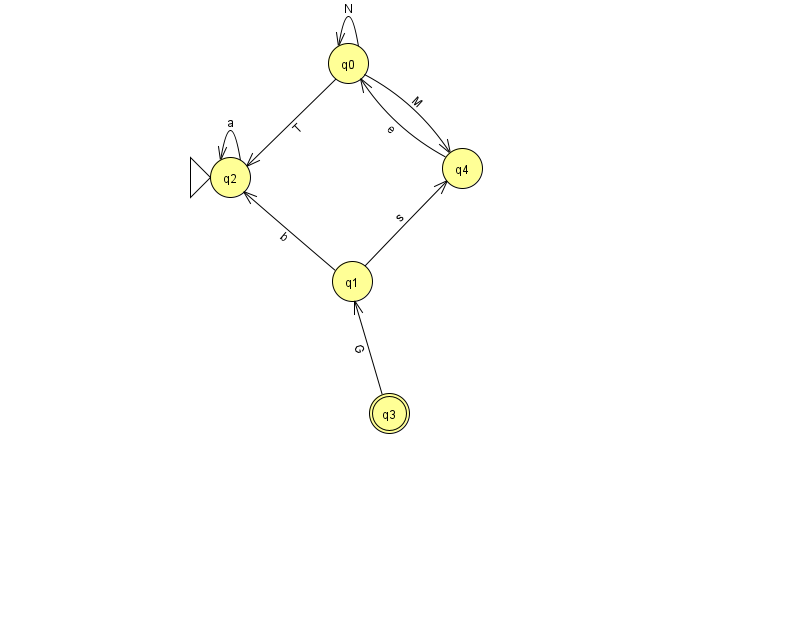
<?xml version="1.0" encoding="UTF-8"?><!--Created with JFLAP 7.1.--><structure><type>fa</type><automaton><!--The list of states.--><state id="0" name="q0"><x>348.0</x><y>50.0</y></state><state id="1" name="q1"><x>352.0</x><y>268.0</y></state><state id="2" name="q2"><x>230.0</x><y>164.0</y><initial/></state><state id="3" name="q3"><x>389.0</x><y>400.0</y><final/></state><state id="4" name="q4"><x>462.0</x><y>155.0</y></state><!--The list of transitions.--><transition><from>0</from><to>4</to><read>M</read></transition><transition><from>2</from><to>2</to><read>a</read></transition><transition><from>1</from><to>2</to><read>b</read></transition><transition><from>0</from><to>2</to><read>T</read></transition><transition><from>4</from><to>0</to><read>e</read></transition><transition><from>1</from><to>4</to><read>s</read></transition><transition><from>3</from><to>1</to><read>G</read></transition><transition><from>0</from><to>0</to><read>N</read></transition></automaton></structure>